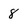
Character: 8